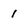
Character: 1